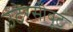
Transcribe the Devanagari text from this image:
उंटेरसीबूट